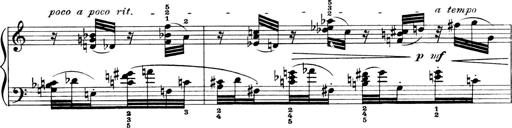
Title: 4 Sonatines
Composer: Max Reger